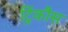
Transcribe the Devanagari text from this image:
ट्रिंकौस